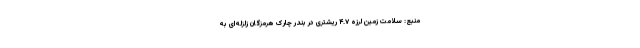
منبع: سلامت زمین لرزه ۴.۷ ریشتری در بندر چارک هرمزگان زلزله‌ای به